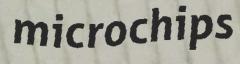
microchips